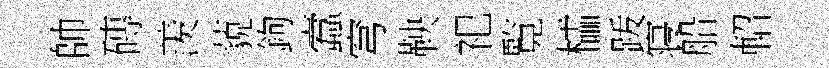
帥磚羨藐鉤蠧穹鞅祀覧櫺䟦寝船軺